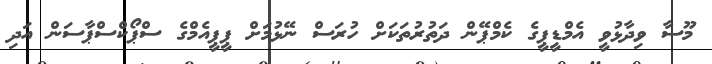
މޫސާ ވިދާޅުވީ އެމްޑީޕީގެ ކެމްޕޭން ދަތުރުތަކަށް ހުރަސް ނޭޅުމަށް ޕީޕީއެމްގެ ސްޕޯކްސްޕާސަން އަދި